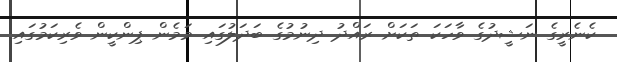
ކެނެރީގެ ނަޝީދުގެ ވާހަކަ ތަކަށް ރައްދު ދިނުމުގެ ބަދަލުގައި މަމެން ޕިންކީން ވެރިކަމުގައި